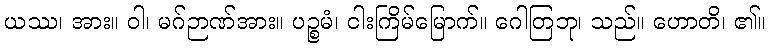
ယဿ၊ အား။ ဝါ၊ မဂ်ဉာဏ်အား။ ပဉ္စမံ၊ ငါးကြိမ်မြောက်။ ဂေါတြဘု၊ သည်။ ဟောတိ၊ ၏။